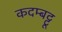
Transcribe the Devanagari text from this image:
कदम्बट्टू